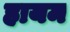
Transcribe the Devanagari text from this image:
हायम